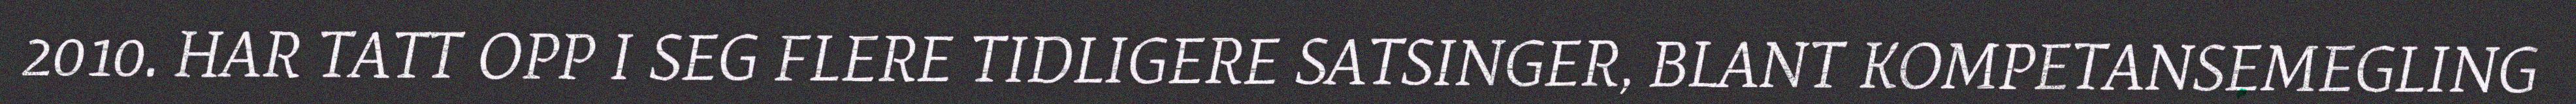
2010. HAR TATT OPP I SEG FLERE TIDLIGERE SATSINGER, BLANT KOMPETANSEMEGLING